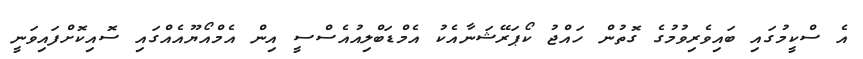
އެ ސްކީމުގައި ބައިވެރިވުމުގެ ގޮތުން ހައްޖު ކޯޕަރޭޝަނާއެކު އެމްޑަބްލިއުއެސްސީ އިން އެމްއޯޔޫއެއްގައި ސޮއިކޮށްފައިވަނީ